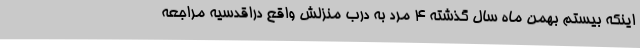
اینکه بیستم بهمن ماه سال گذشته 4 مرد به درب منزلش واقع دراقدسیه مراجعه